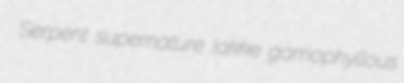
Serpent supernature lakke gamophyllous